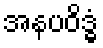
အနပဝိဒ္ဓံ